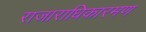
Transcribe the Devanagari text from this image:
राजाराधिकारमण